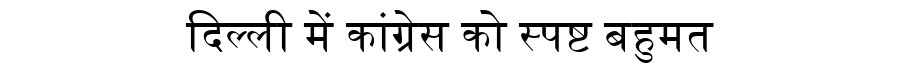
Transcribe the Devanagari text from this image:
दिल्ली में कांग्रेस को स्पष्ट बहुमत